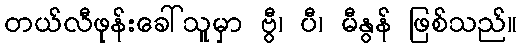
တယ်လီဖုန်းခေါ်သူမှာ ဗွီ၊ ပီ၊ မီနွန် ဖြစ်သည်။